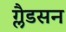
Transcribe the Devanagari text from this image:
ग्लैडसन